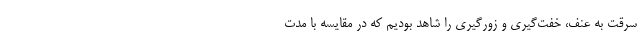
سرقت‌ به عنف، خفت‌گیری و زورگیری را شاهد بودیم که در مقایسه با مدت